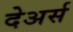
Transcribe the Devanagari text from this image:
देअर्स